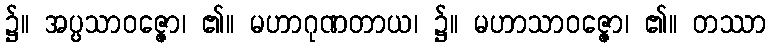
၌။ အပ္ပသာဝဇ္ဇော၊ ၏။ မဟာဂုဏတာယ၊ ၌။ မဟာသာဝဇ္ဇော၊ ၏။ တဿာ